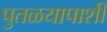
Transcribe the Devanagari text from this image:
पुतळयापाशी